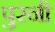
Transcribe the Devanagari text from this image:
पुरनी